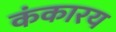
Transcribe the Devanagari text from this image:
कंकारय